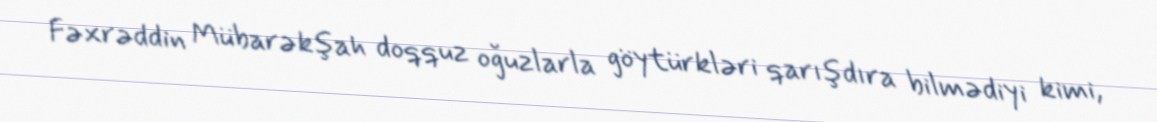
Fəxrəddin Mübarəkşah doqquz oğuzlarla göytürkləri qarışdıra bilmədiyi kimi,